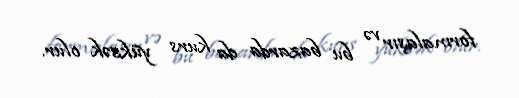
formalaşır və bu bazarda da kurs yüksək olur.